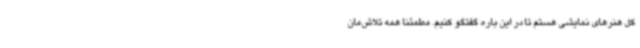
کل هنرهای نمایشی هستم تا در این باره گفتگو کنیم. مطمئنا همه تلاش‌مان